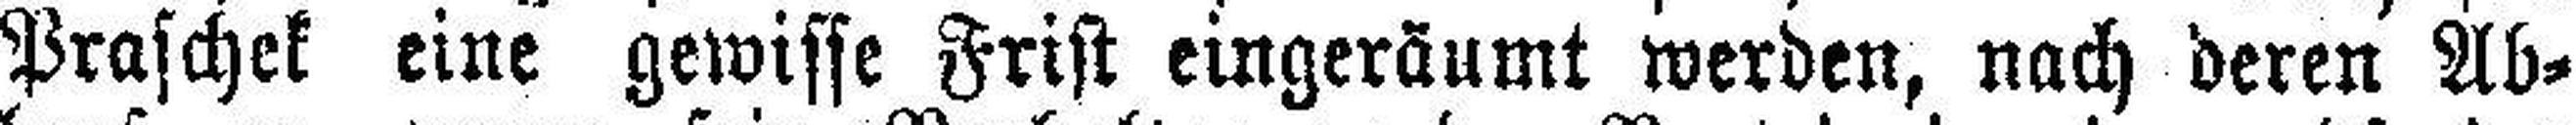
Praschek eine gewisse Frist eingeräumt werden, nach deren Ab¬